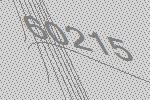
60215